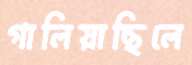
গালিয়াছিলে